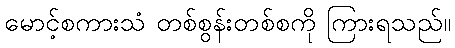
မောင့်စကားသံ တစ်စွန်းတစ်စကို ကြားရသည်။